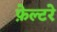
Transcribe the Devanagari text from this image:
फ़ेल्टरे